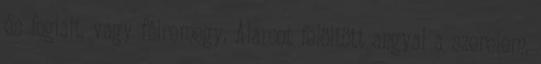
és foglalt, vagy félremegy. Álarcot felöltött angyal a szerelem,